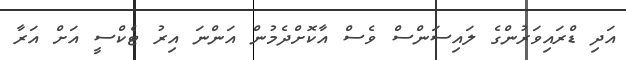
އަދި ޑްރައިވަރުންގެ ލައިސަންސް ވެސް އާކޮށްދެމުން އަންނަ އިރު ޓެކްސީ އަށް އަރާ